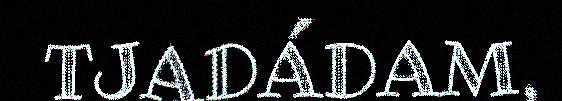
TJADÁDAM,